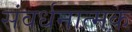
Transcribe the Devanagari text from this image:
संवर्धनात्‍मक